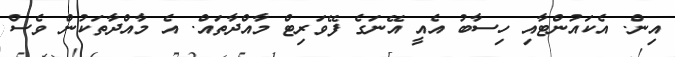
އިން. އެކައުންޓާއި ހިސާބު އެއީ އޭނަގެ ފޭވަރިޓް މާއްދާތައް. އެ މާއްދާތަކުން ވެސް